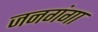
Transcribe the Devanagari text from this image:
जनगंगा